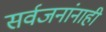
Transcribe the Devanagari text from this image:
सर्वजनांनाही